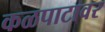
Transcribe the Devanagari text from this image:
कळपाटावर